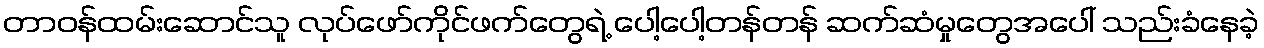
တာဝန်ထမ်းဆောင်သူ လုပ်ဖော်ကိုင်ဖက်တွေရဲ့ ပေါ့ပေါ့တန်တန် ဆက်ဆံမှုတွေအပေါ် သည်းခံနေခဲ့